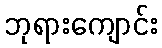
ဘုရားကျောင်း